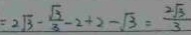
= 2 \sqrt { 3 } - \frac { \sqrt { 3 } } { 3 } - 2 + 2 - \sqrt { 3 } = \frac { 2 \sqrt { 3 } } { 3 }